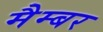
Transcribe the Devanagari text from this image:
मैम्बर